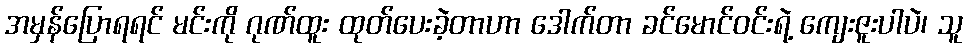
အမှန်ပြောရရင် မင်းကို ဂုဏ်ထူး ထုတ်ပေးခဲ့တာဟာ ဒေါက်တာ ခင်မောင်ဝင်းရဲ့ ကျေးဇူးပါပဲ၊ သူ